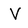
Character: V